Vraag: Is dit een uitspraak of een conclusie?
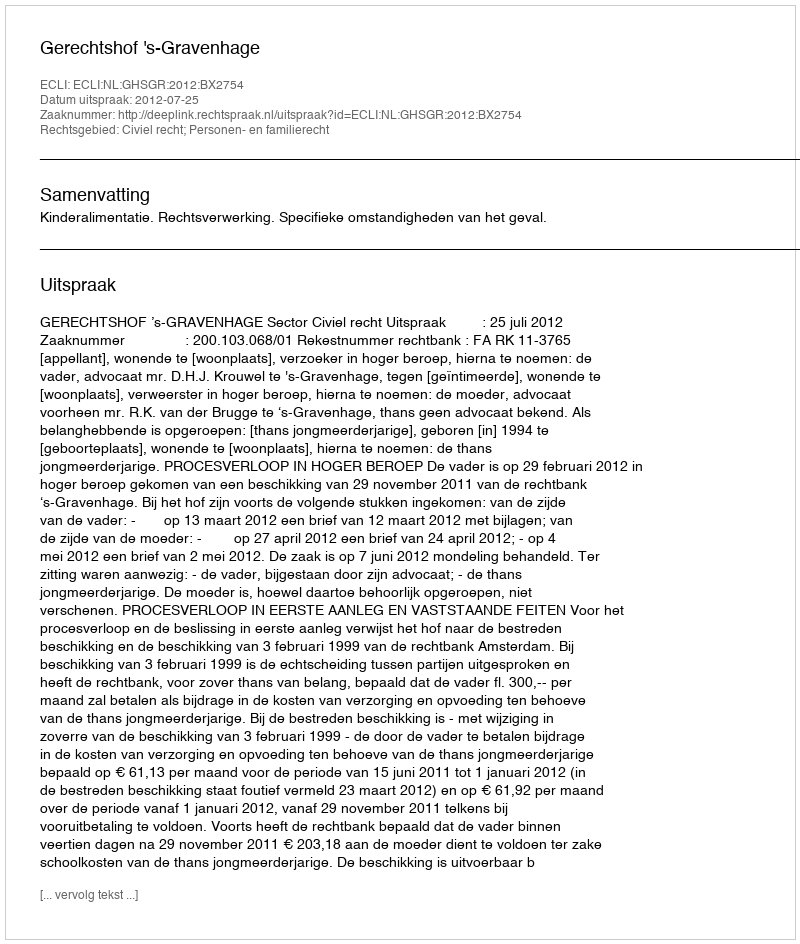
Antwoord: Uitspraak